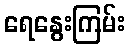
ရေနွေးကြမ်း